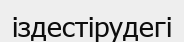
іздестірудегі